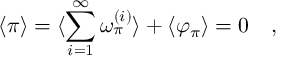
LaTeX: \langle \pi \rangle = \langle \sum _ { i = 1 } ^ { \infty } \omega _ { \pi } ^ { ( i ) } \rangle + \langle \varphi _ { \pi } \rangle = 0 \quad ,